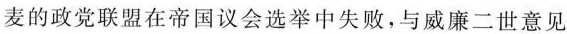
麦的政党联盟在帝国议会选举中失败，与威廉二世意见